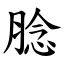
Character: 腍